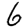
Digit: 6